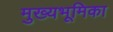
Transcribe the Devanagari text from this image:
मुख्यभूमिका